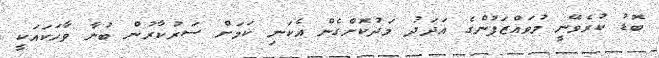
ބޮޑު ކުރެވޭނީ މުވައްޒަފުންގެ އަދަދު މަދުކޮށްގެން އެކަނި ކަމަށް ސަރުކާރުން ބުނާ ވާހަކައަކީ